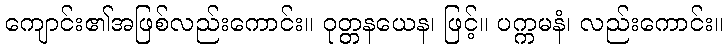
ကျောင်း၏အဖြစ်လည်းကောင်း။ ဝုတ္တနယေန၊ ဖြင့်။ ပက္ကမနံ၊ လည်းကောင်း။